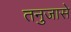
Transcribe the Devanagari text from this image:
तनुजासे